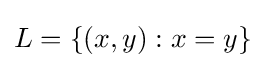
L=\{(x,y):x=y\}